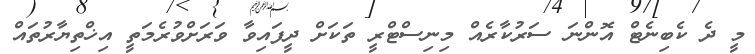
މީ ދެ ކެބިނެޓް އޮންނަ ސަރުކާރެއް މިނިސްޓްރީ ތަކަށް ދީފައިވާ ވަރަށްވުރެމަތީ އިޚްތިޔާރުތައް